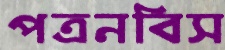
পত্রনবিস